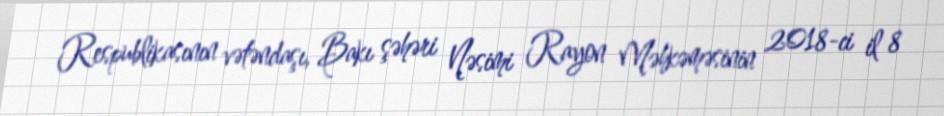
Respublikasının vətəndaşı, Bakı şəhəri Nəsimi Rayon Məhkəməsinin 2018-ci il 8